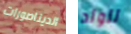
الديناصورات للولد